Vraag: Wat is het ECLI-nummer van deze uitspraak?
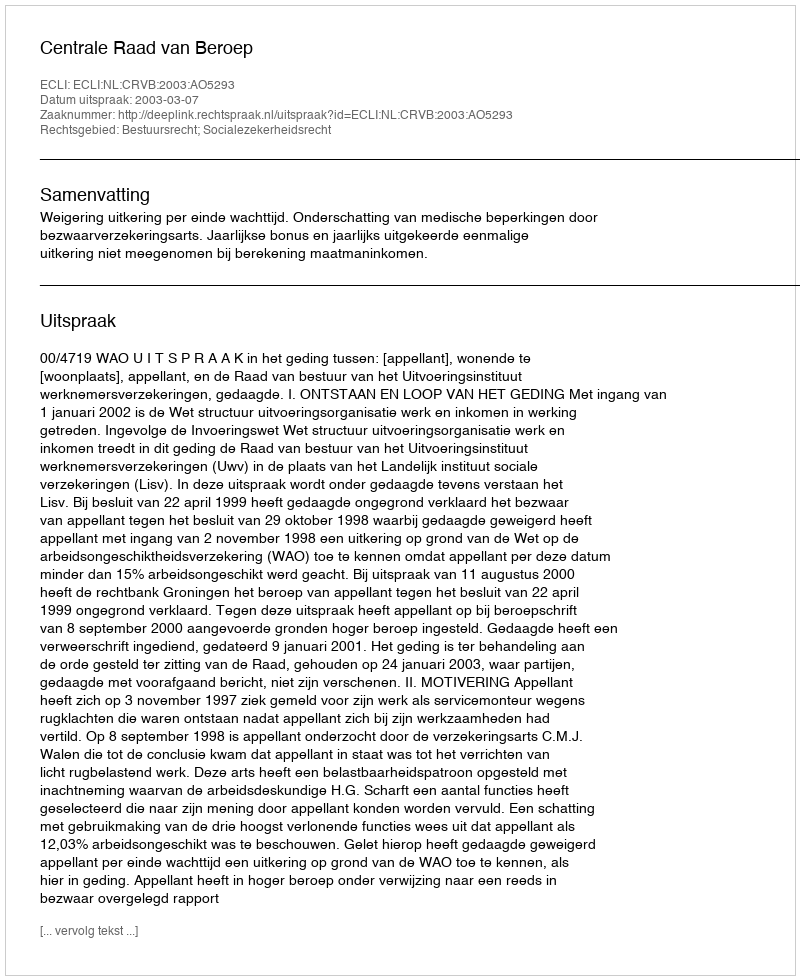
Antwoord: ECLI:NL:CRVB:2003:AO5293